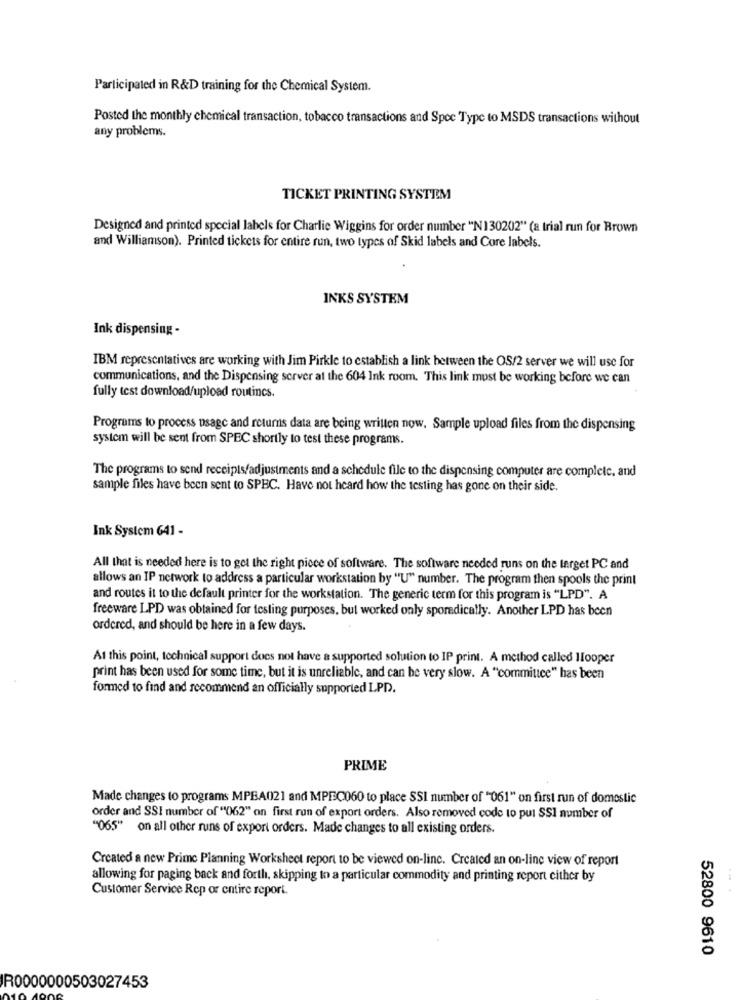
Participated in R&D training for the Chemical System.
Posted the monthly chemical transaction, tobacco transactions and Spce Type to MSDS transactions without
any problems.
TICKET PRINTING SYSTEM
Designed and printed special labels for Charlie Wiggins for order number "N130202" (a trial run for Brown
and Williamson). Printed tickets for entire run, two types of Skid labels and Core labels.
INKS SYSTEM
Ink dispensing -
IBM representatives are working with Jim Pirkle to establish a link between the OS/2 server we will use for
communications, and the Dispensing server at the 604 Ink room. This link must be working before we can
fully test download/upload routincs.
Programs to process usage and returns data are being written now. Sample upload files from the dispensing
system will be sent from SPEC shortly to test these programs.
The programs to send receipts/adjustments and a schedule file to the dispensing computer are complete, and
sample files have been sent to SPHC. Have not heard how the testing has gone on their side.
Ink System 641 -
All that is needed here is to get the right piece of software. The software needed runs on the target PC and
allows an IP network to address a particular workstation by "U" number. The program then spools the print
and routes it to the default printer for the workstation. The generic term for this program is "LPD". A
freeware LPD was obtained for testing purposes, but worked only sporadically. Another LPD has been
ordered, and should be here in a few days.
At this point, technical support does not have a supported solution to IP print. A method called Hooper
print has been used for some time, but it is unreliable, and can be very slow. A "committee" has been
formed to find and recommend an officially supported LPD.
PRIME
Made changes to programs MPBA021 and MPEC060 to place SSI number of "061" on first run of domestic
order and SSI number of "062" on first run of export orders. Also removed code to put SSI number of
"065" on all other runs of export orders. Made changes to all existing orders.
Created a new Prime Planning Worksheet report to be viewed on-line. Created an on-line view of report
allowing for paging back and forth, skipping to a particular commodity and printing report cither by
Customer Service Rep or entire report.
52800 9610
IR0000000503027453